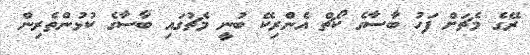
ރޭގެ މެޗަށް ފަހު ބާސާގެ ކޯޗް އެންރިކޭ ބުނީ މެޗުގައި ބާސާގެ ކުޅުންތެރިން